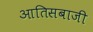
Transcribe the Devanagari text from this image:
आतिसबाजी